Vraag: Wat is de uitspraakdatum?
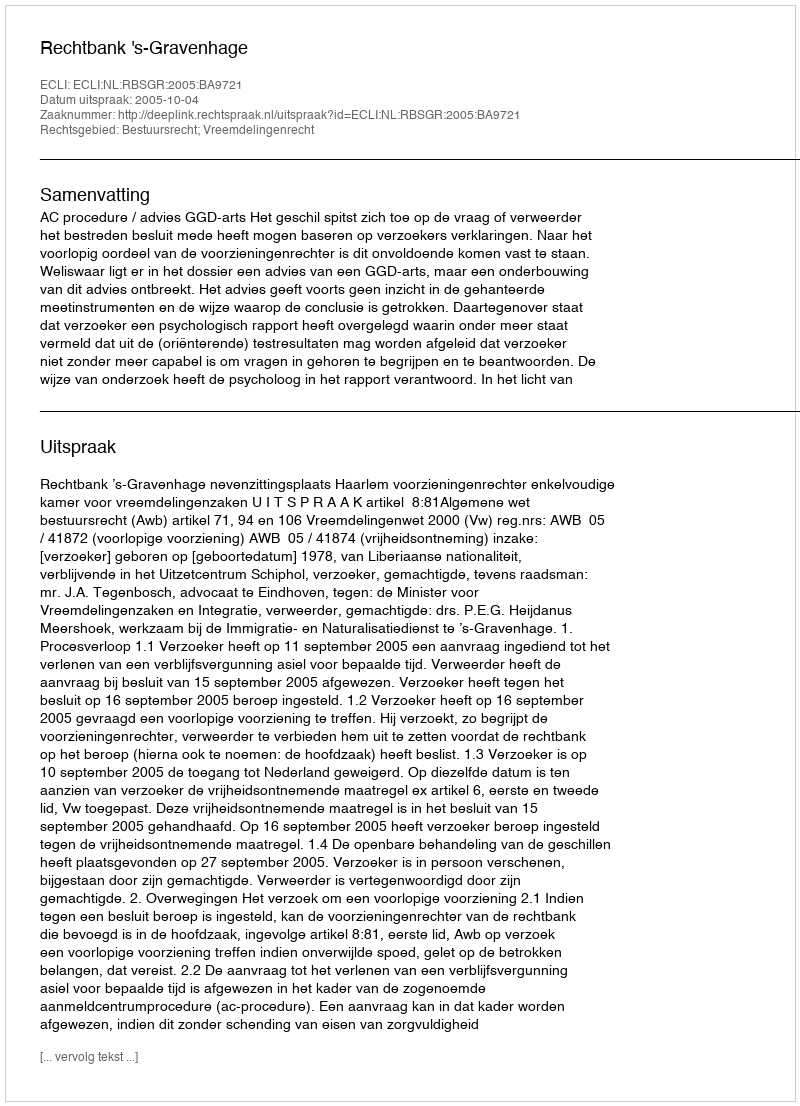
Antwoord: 2005-10-04